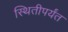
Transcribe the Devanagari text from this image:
स्थितीपर्यंत